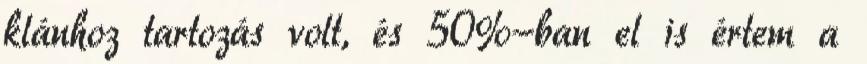
klánhoz tartozás volt, és 50%-ban el is értem a